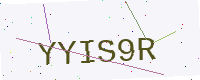
Text: YYIS9R